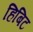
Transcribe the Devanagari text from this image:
हिबिट